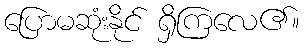
ပြောမဆုံးနိုင် ရှိကြလေ၏။